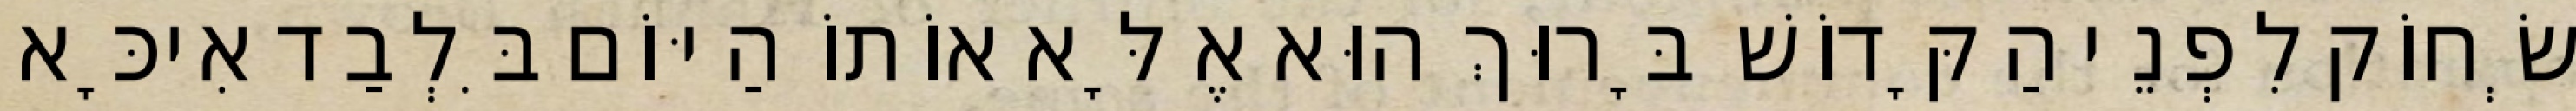
שְׂחוֹק לִפְנֵי הַקָּדוֹשׁ בָּרוּךְ הוּא אֶלָּא אוֹתוֹ הַיּוֹם בִּלְבַד אִיכָּא